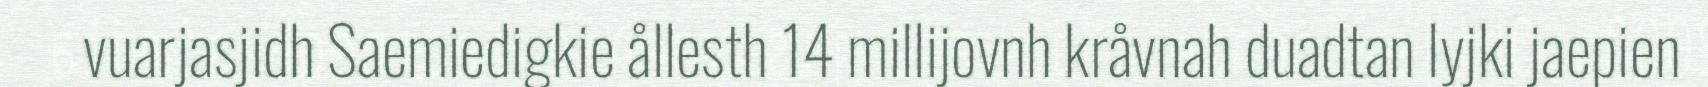
vuarjasjidh Saemiedigkie ållesth 14 millijovnh kråvnah duadtan lyjki jaepien